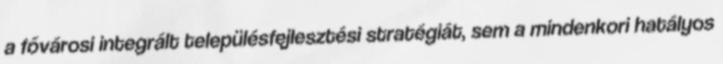
a fővárosi integrált településfejlesztési stratégiát, sem a mindenkori hatályos